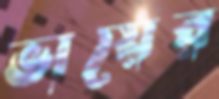
ভায়ের